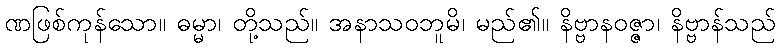
ဏဖြစ်ကုန်သော။ ဓမ္မာ၊ တို့သည်။ အနာသဝဘူမိ၊ မည်၏။ နိဗ္ဗာနဝဇ္ဇာ၊ နိဗ္ဗာန်သည်